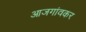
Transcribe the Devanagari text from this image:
आजगांवकर